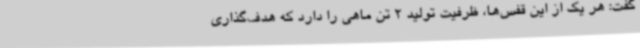
گفت: هر یک از این قفس‌ها، ظرفیت تولید 2 تن ماهی را دارد که هدف‌گذاری